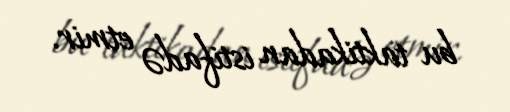
bu taktikadan istifadə etmir.